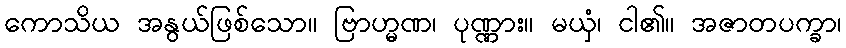
ကောသိယ အနွယ်ဖြစ်သော။ ဗြာဟ္မဏ၊ ပုဏ္ဏား။ မယှံ၊ ငါ၏။ အဇာတပက္ခာ၊